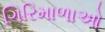
ગિરિમાળાઓ